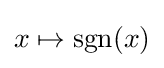
x\mapsto \operatorname {sgn}(x)